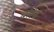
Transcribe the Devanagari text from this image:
बरिच